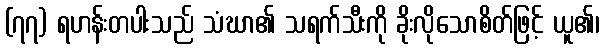
(၇၇) ရဟန်းတပါးသည် သံဃာ၏ သရက်သီးကို ခိုးလိုသောစိတ်ဖြင့် ယူ၏၊